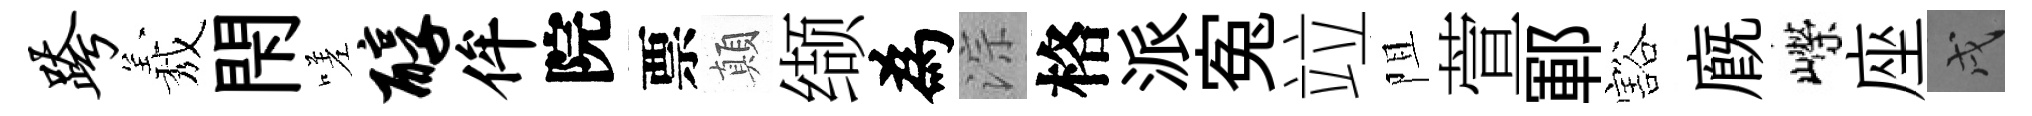
跨𦏁閇嗟醇侔院票顛缬為淙格派寃竝阻萱鄆豁廐嶸座戌